Report on the working of the Ranchi Indian Mental Hospital, Kanke, in Bihar and Orissa - 1930-1940
Year: 1930
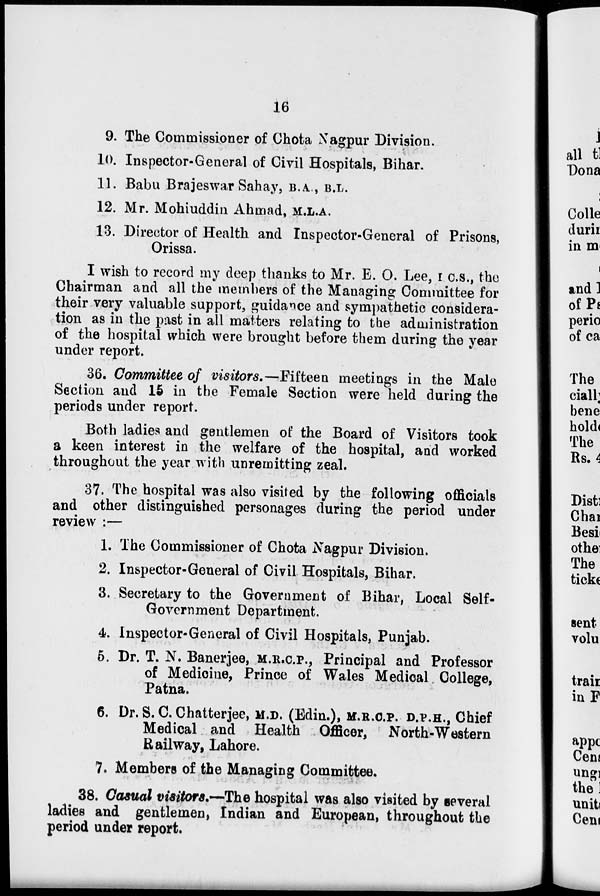
16
9. The Commissioner of Chota Nagpur Division.
10. Inspector-General of Civil Hospitals, Bihar.
11. Babu Brajeswar Sahay, B.A., B.L.
12. Mr. Mohiuddin Ahmad, M.L.A.
13. Director of Health and Inspector-General of Prisons,
Orissa.
I wish to record my deep thanks to Mr. E. O. Lee, I.C.S., the
Chairman and all the members of the Managing Committee for
their very valuable support, guidance and sympathetic considera-
tion as in the past in all matters relating to the administration
of the hospital which were brought before them during the year
under report.
36. Committee of visitors.— Fifteen meetings in the Male
Section and 15 in the Female Section were held during the
periods under report.
Both ladies and gentlemen of the Board of Visitors took
a keen interest in the welfare of the hospital, and worked
throughout the year with unremitting zeal.
37. The hospital was also visited by the following officials
and other distinguished personages during the period under
review :—
1. The Commissioner of Chota Nagpur Division.
2. Inspector-General of Civil Hospitals, Bihar.
3. Secretary to the Government of Bihar, Local Self-
Government Department.
4. Inspector-General of Civil Hospitals, Punjab.
5. Dr. T. N. Banerjee, M.R.C.P., Principal and Professor
of Medicine, Prince of Wales Medical College,
Patna.
6. Dr. S. C. Chatterjee, M.D. (Edin.), M.R.C.P. D.P.H., Chief
Medical and Health Officer,
North-Western
Railway, Lahore.
7. Members of the Managing Committee.
38. Casual visitors.—The hospital was also visited by several
ladies and gentlemen, Indian and European, throughout the
period under report.